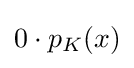
{\textstyle 0\cdot p_{K}(x)}